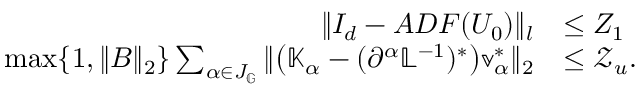
\begin{array} { r l } { \| I _ { d } - A D F ( U _ { 0 } ) \| _ { l } } & { \leq Z _ { 1 } } \\ { \operatorname* { m a x } \{ 1 , \| B \| _ { 2 } \} \sum _ { \alpha \in J _ { \mathbb { G } } } \| \big ( \mathbb { K } _ { \alpha } - ( \partial ^ { \alpha } \mathbb { L } ^ { - 1 } ) ^ { * } \big ) \mathbb { v } _ { \alpha } ^ { * } \| _ { 2 } } & { \leq \mathcal { Z } _ { u } . } \end{array}